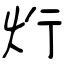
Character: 烆